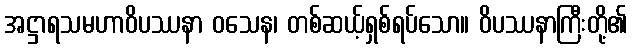
အဋ္ဌာရသမဟာဝိပဿနာ ဝသေန၊ တစ်ဆယ့်ရှစ်ရပ်သော။ ဝိပဿနာကြီးတို့၏